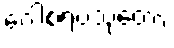
ဂေါစရပသုတော